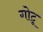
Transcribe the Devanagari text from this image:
गोटू